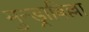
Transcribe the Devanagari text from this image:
मुन्ड्राबिल्ला